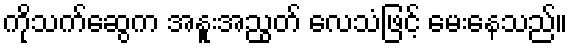
ကိုသက်ဆွေက အနူးအညွတ် လေသံဖြင့် မေးနေသည်။